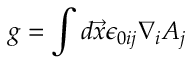
g = \int d \vec { x } \epsilon _ { 0 i j } \nabla _ { i } A _ { j }